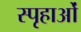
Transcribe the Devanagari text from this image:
स्पृहाओं